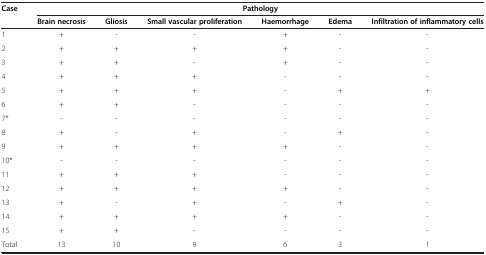
<table><thead><tr><td><b>Case</b></td><td colspan="6"><b>Pathology</b></td></tr><tr><td>[EMPTY_CELL]</td><td><b>Brain necrosis</b></td><td><b>Gliosis</b></td><td><b>Small vascular proliferation</b></td><td><b>Haemorrhage</b></td><td><b>Edema</b></td><td><b>Infiltration of inflammatory cells</b></td></tr></thead><tbody><tr><td>1</td><td>+</td><td>-</td><td>-</td><td>+</td><td>-</td><td>-</td></tr><tr><td>2</td><td>+</td><td>+</td><td>+</td><td>+</td><td>-</td><td>-</td></tr><tr><td>3</td><td>+</td><td>+</td><td>-</td><td>+</td><td>-</td><td>-</td></tr><tr><td>4</td><td>+</td><td>+</td><td>+</td><td>-</td><td>-</td><td>-</td></tr><tr><td>5</td><td>+</td><td>+</td><td>+</td><td>-</td><td>+</td><td>+</td></tr><tr><td>6</td><td>+</td><td>+</td><td>-</td><td>-</td><td>-</td><td>-</td></tr><tr><td>7*</td><td>-</td><td>-</td><td>-</td><td>-</td><td>-</td><td>-</td></tr><tr><td>8</td><td>+</td><td>-</td><td>+</td><td>-</td><td>+</td><td>-</td></tr><tr><td>9</td><td>+</td><td>+</td><td>+</td><td>+</td><td>-</td><td>-</td></tr><tr><td>10*</td><td>-</td><td>-</td><td>-</td><td>-</td><td>-</td><td>-</td></tr><tr><td>11</td><td>+</td><td>+</td><td>+</td><td>-</td><td>-</td><td>-</td></tr><tr><td>12</td><td>+</td><td>+</td><td>+</td><td>+</td><td>-</td><td>-</td></tr><tr><td>13</td><td>+</td><td>-</td><td>+</td><td>-</td><td>+</td><td>-</td></tr><tr><td>14</td><td>+</td><td>+</td><td>+</td><td>+</td><td>-</td><td>-</td></tr><tr><td>15</td><td>+</td><td>+</td><td>-</td><td>-</td><td>-</td><td>-</td></tr><tr><td>Total</td><td>13</td><td>10</td><td>9</td><td>6</td><td>3</td><td>1</td></tr></tbody></table>